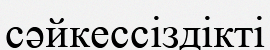
сәйкессіздікті